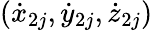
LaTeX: ({\dot{x}}_{2j},{\dot{y}}_{2j},{\dot{z}}_{2j})